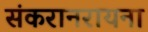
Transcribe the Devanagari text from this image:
संकरानरायना